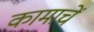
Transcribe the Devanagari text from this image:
कामाचें